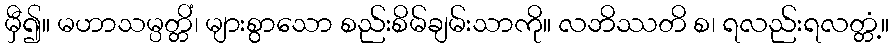
မှီ၍။ မဟာသမ္ပတ္တိံ၊ များစွာသော စည်းစိမ်ချမ်းသာကို။ လဘိဿတိ စ၊ ရလည်းရလတ္တံ့။